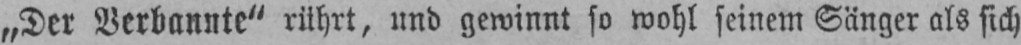
„Der Verbannte“ rührt, und gewinnt so wohl seinem Sänger als sich